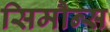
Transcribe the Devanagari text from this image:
सिमौन्स